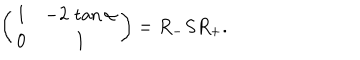
LaTeX: \left( \begin{matrix} { { 1 } } & { { - 2 \, \tan \alpha } } \\ { { 0 } } & { { 1 } } \\ \end{matrix} \right) = R _ { - } S R _ { + } .